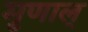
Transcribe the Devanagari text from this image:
मृणाल्